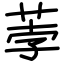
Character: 荸